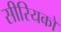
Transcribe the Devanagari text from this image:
सीरियकों